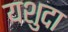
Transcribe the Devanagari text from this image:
यशुदा